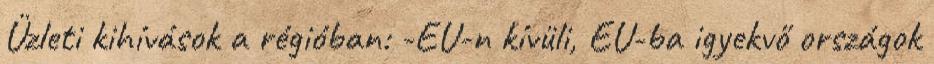
Üzleti kihívások a régióban: -EU-n kívüli, EU-ba igyekvő országok